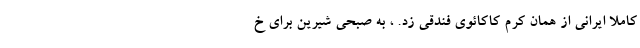
کاملا ایرانی از همان کرم کاکائوی فندقی زد. ، به صبحی شیرین برای خ